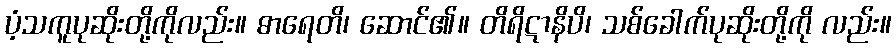
ပံ့သကူပုဆိုးတို့ကိုလည်း။ ဓာရေတိ၊ ဆောင်၏။ တိရိဋာနိပိ၊ သစ်ခေါက်ပုဆိုးတို့ကို လည်း။